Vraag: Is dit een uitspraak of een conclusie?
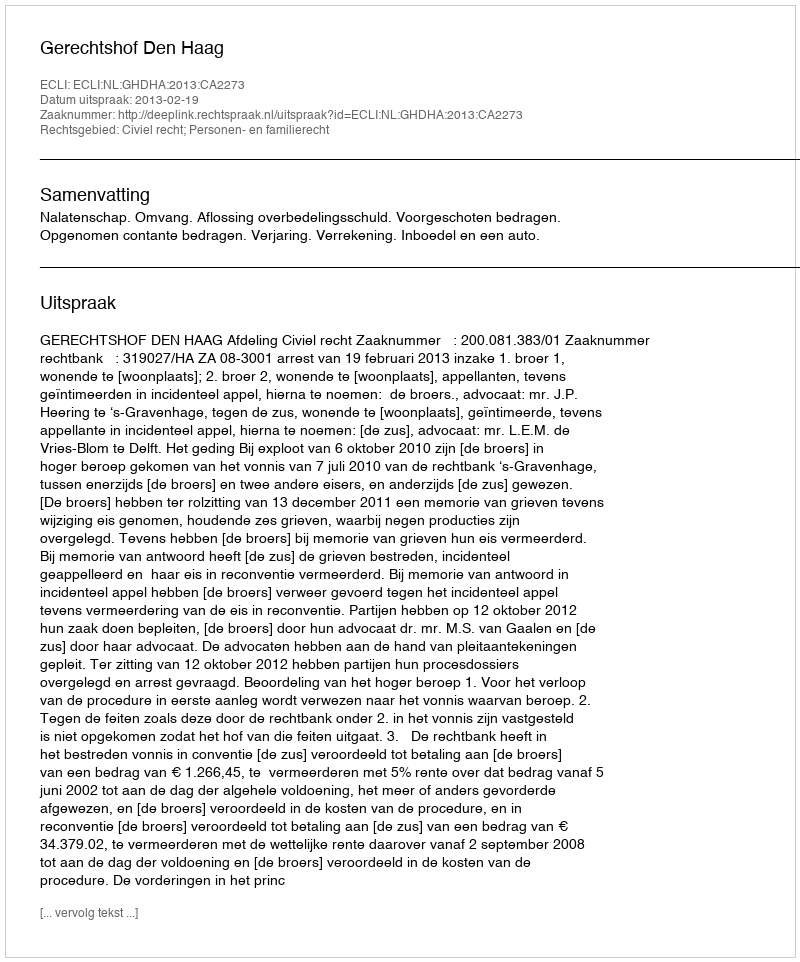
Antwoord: Uitspraak